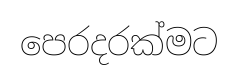
පෙරදරක්මට